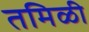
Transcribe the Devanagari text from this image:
तमिळी